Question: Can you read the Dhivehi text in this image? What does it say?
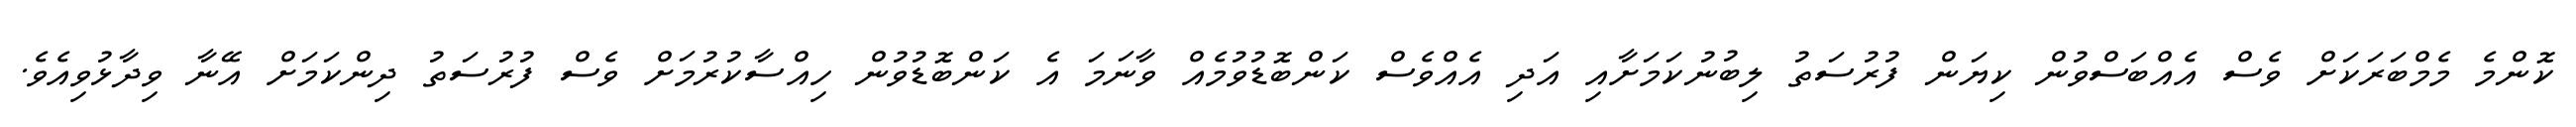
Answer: ކޮންމެ މެމްބަރަކަށް ވެސް އެއްބަސްވުން ކިޔަން ފުރުސަތު ލިބުނުކަމަށާއި އަދި އެއްވެސް ކަންބޮޑުވުމެއް ވާނަމަ އެ ކަންބޮޑުވުން ހިއްސާކުރުމަށް ވެސް ފުރުސަތު ދިންކަމަށް އޭނާ ވިދާޅުވިއެވެ.